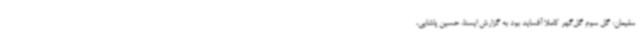
سلیمان: گل سوم گل‌گهر کاملا آفساید بود به گزارش ایسنا، حسین پاشایی،